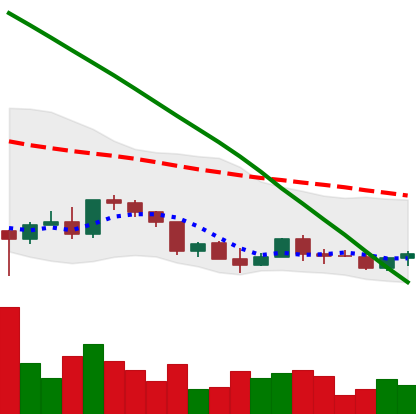
Ticker: EOS-USD
Chart end date: 2022-03-15
Forward return: 11.219%
Label: up_7plus